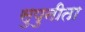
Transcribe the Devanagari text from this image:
सुपुनीता